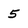
Character: 5